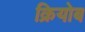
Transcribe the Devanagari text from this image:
क्रियोब